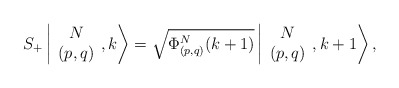
\begin{align*}S_+\left\vert \begin{array}{c} N\\ (p,q) \end{array}, k \right>= \sqrt{ \Phi^N_{(p,q)}(k+1)}\left\vert \begin{array}{c} N\\ (p,q) \end{array}, k +1\right>,\end{align*}